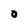
Character: O